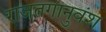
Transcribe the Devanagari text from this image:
राजतगानुवंश